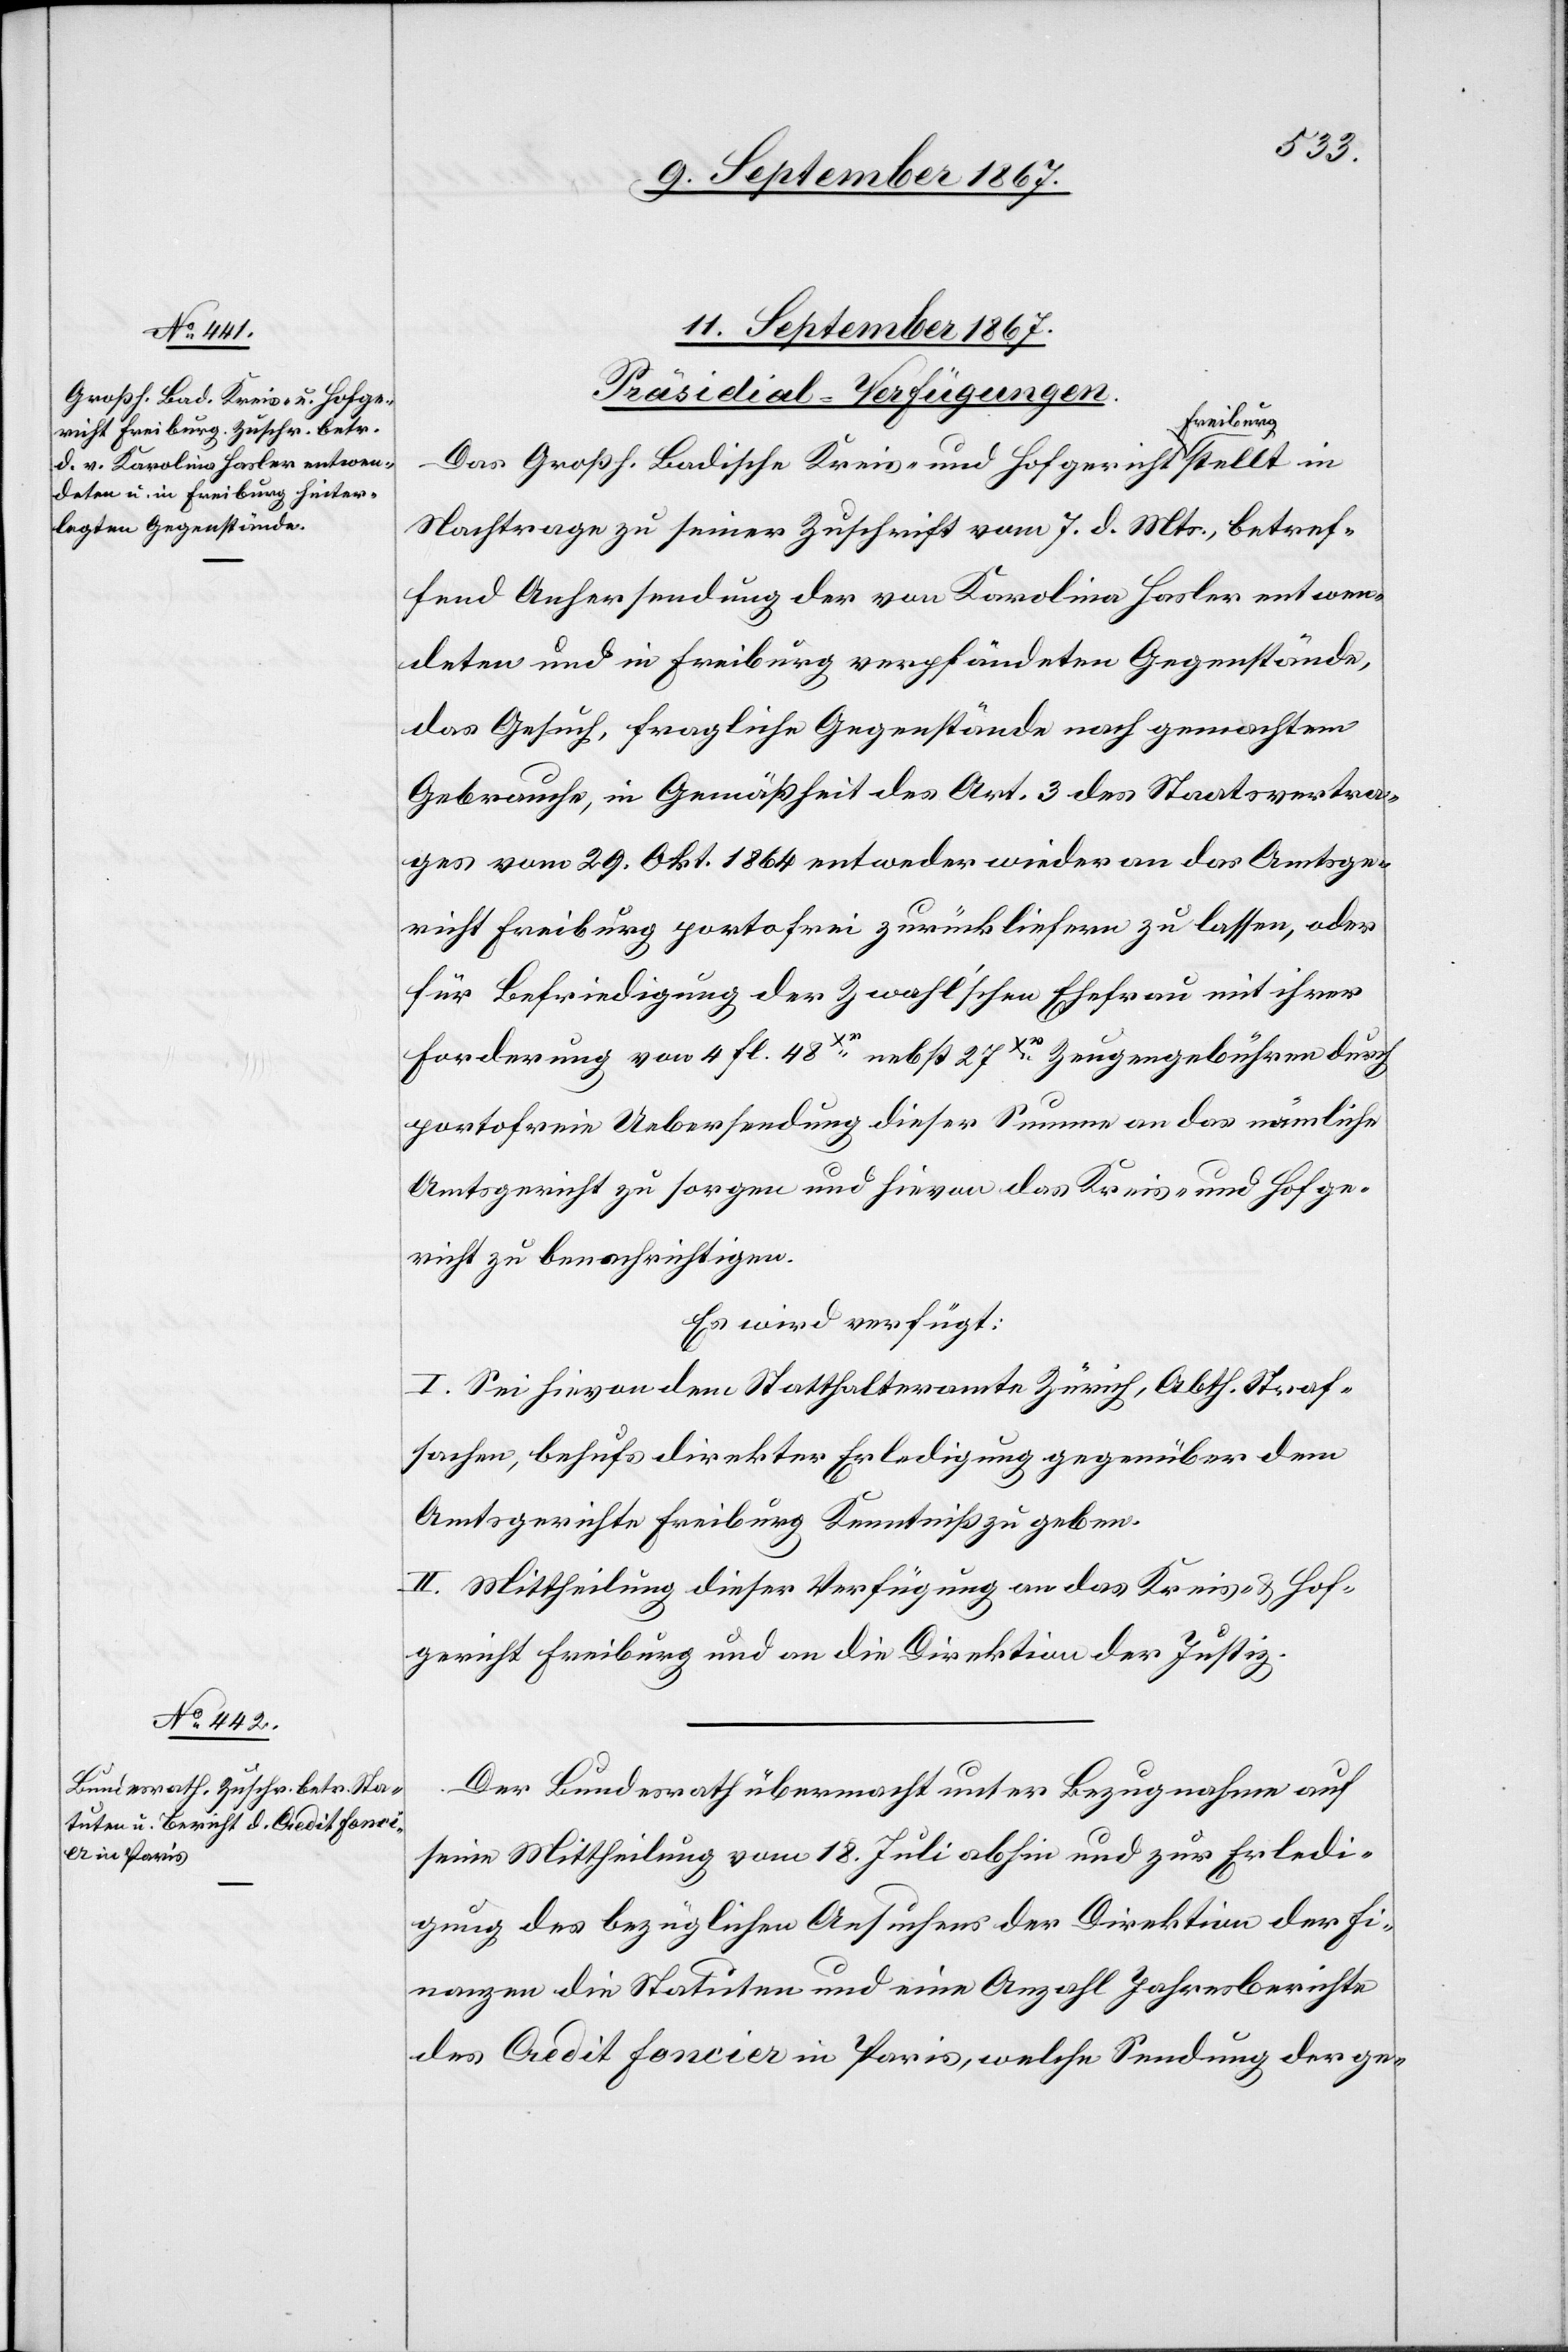
11. September 1867.]
[Präsidial-Verfügungen.
Das Großh. Badische Kreis- und Hofgericht Freiburg
Nachtrage zu seiner Zuschrift vom 7. d. Mts., betref¬
fend Anhersendung der von Karolina Hasler entwen¬
deten und in Freiburg verpfändeten Gegenstände,
das Gesuch, fragliche Gegenstände nach gemachtem
Gebrauche, in Gemäßheit des Art. 3 des Staatsvertra¬
ges vom 29. Okt 1864 entweder wieder an das Amtsge¬
richt Freiburg portofrei zurückliefern zu lassen, oder
für Befriedigung der Zwahl’schen Ehefrau mit ihrer
Forderung von 4 fl. 48Xr. nebst 27Cr. Zeugengebühren durch
portofreie Uebersendung dieser Summe an das nämliche
Amtsgericht zu sorgen und hievon das Kreis- und Hofge¬
richt zu benachrichtigen.
Es wird verfügt:
I. Sei hievon dem Statthalteramte Zürich, Abth. Straf¬
sachen, behufs direkter Erledigung gegenüber dem
Amtsgerichte Freiburg Kenntniß zu geben.
II. Mittheilung dieser Verfügung an das Kreis- u. Hof¬
gericht Freiburg und an die Direktion der Justiz.
Der Bundesrath übermacht unter Bezugnahme auf
seine Mittheilung vom 18. Juli abhin und zur Erledi¬
gung des bezüglichen Ansuchens der Direktion der Fi¬
nanzen die Statuten und eine Anzahl Jahresberichte
des Credit foncier in Paris, welche Sendung der ge-